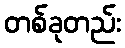
တစ်ခုတည်း